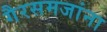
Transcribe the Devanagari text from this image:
गैरसमजांना